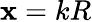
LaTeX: \mathbf{x}=kR